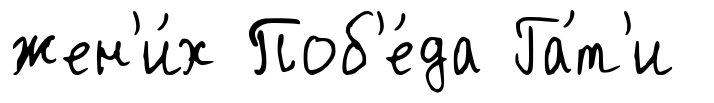
жен'и́х Поб'е́да Га́т'и